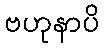
ဗဟုနာပိ